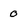
Character: 0